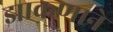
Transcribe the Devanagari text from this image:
झाकणाने